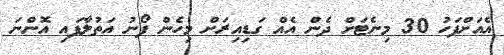
އެއަށްފަހު 30 މިނެޓަށް ދެން އެއް ގަޑިއިރަށް މިހެން ފޯނު އަތުލާފައި އޮންނަ